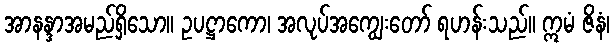
အာနန္ဒာအမည်ရှိသော။ ဥပဋ္ဌာကော၊ အလုပ်အကျွေးတော် ရဟန်းသည်။ ဣမံ ဇိနံ၊